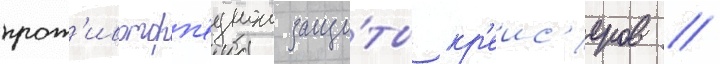
прот'ивоторп'еднои защи́ты кр'еис'еров //